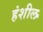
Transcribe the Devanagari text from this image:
हंशील